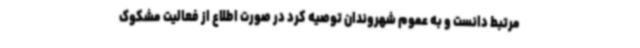
مرتبط دانست و به عموم شهروندان توصیه کرد در صورت اطلاع از فعالیت مشکوک